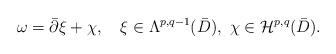
LaTeX: \begin{align*}\omega=\bar{\partial}\xi+\chi,\quad\xi \in \Lambda^{p,q-1}(\bar{D}),\ \chi\in\mathcal H^{p,q}(\bar{D}).\end{align*}